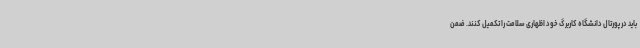
باید در پورتال دانشگاه کاربرگ خود اظهاری سلامت را تکمیل کنند. ضمن